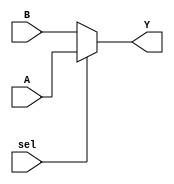
module mux_2to1 (
    input wire sel,  // Control signal
    input wire [7:0] A,  // First data input
    input wire [7:0] B,  // Second data input
    output wire [7:0] Y   // Output
);

// Continuous assignment using the ternary operator
assign Y = (sel) ? A : B;

endmodule